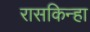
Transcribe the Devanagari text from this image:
रासकिन्हा